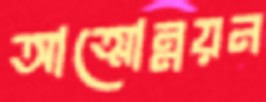
আত্মোন্নয়ন